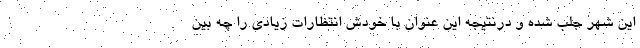
این شهر جلب شده و درنتیجه این عنوان با خودش انتظارات زیادی را چه بین